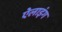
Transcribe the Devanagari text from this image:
ऐलाइंग